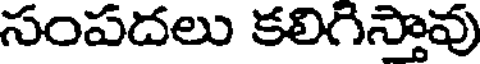
సంపదలు కలిగిస్తావు